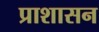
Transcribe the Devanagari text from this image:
प्राशासन